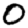
Digit: 0